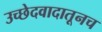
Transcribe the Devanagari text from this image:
उच्छेदवादातूनच